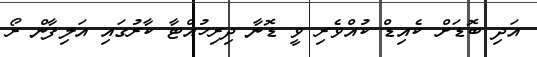
އަދި ބޮޑަށް ކެއިޑް ކުއްވެރި ވީ ޑޮނާ ދިރިހުއްޓާ ކާރުގައި އަލިފާން ރޯ